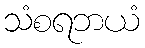
သံစရဘယံ